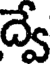
ద్వే